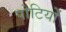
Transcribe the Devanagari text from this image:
पोटियों